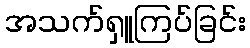
အသက်ရှူကြပ်ခြင်း